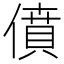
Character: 僨